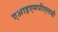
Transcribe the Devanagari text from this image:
एआइएमपीएलबी